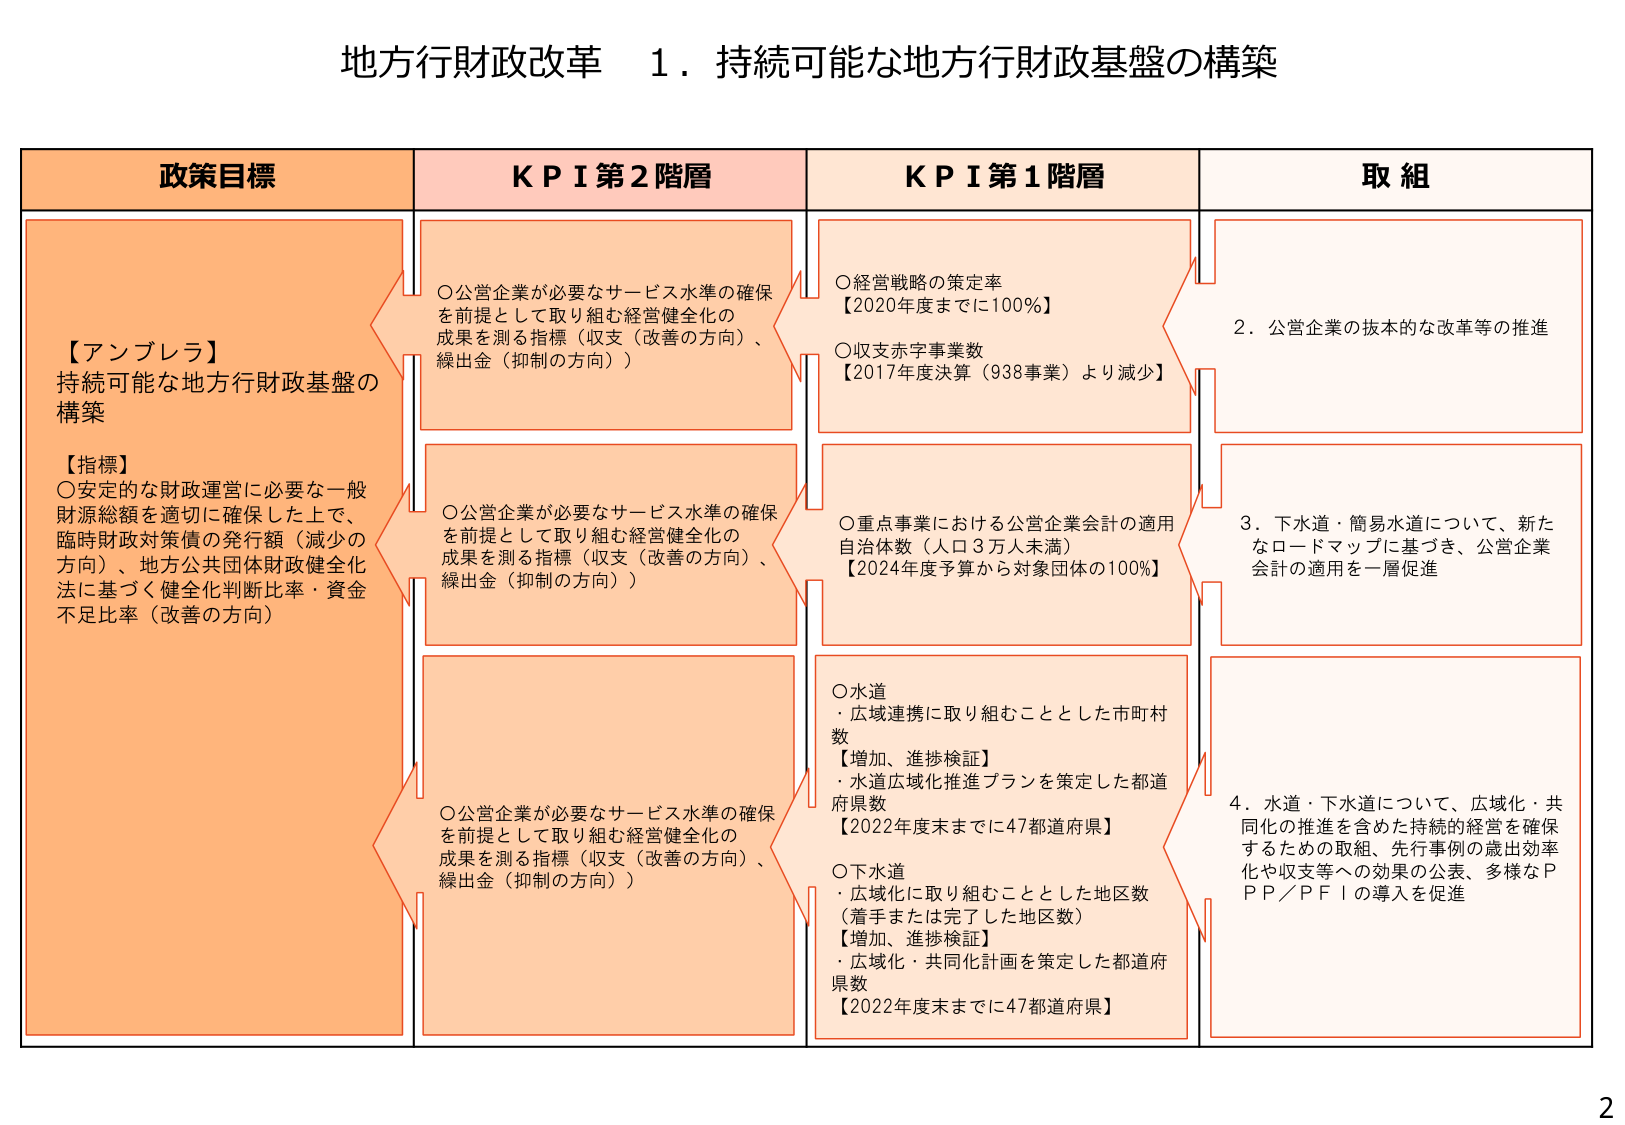
地方行財政改革　１．持続可能な地方行財政基盤の構築

政策目標
【アンブレラ】
持続可能な地方行財政基盤の構築
【指標】
〇安定的な財政運営に必要な一般財源総額を適切に確保した上で、
臨時財政対策債の発行額（減少の方向）、地方公共団体財政健全化法に基づく健全化判断比率・資金不足比率（改善の方向）

ＫＰＩ第２階層
〇公営企業が必要なサービス水準の確保を前提として取り組む経営健全化の成果を測る指標（収支（改善の方向）、繰出金（抑制の方向））
〇公営企業が必要なサービス水準の確保を前提として取り組む経営健全化の成果を測る指標（収支（改善の方向）、繰出金（抑制の方向））
〇公営企業が必要なサービス水準の確保を前提として取り組む経営健全化の成果を測る指標（収支（改善の方向）、繰出金（抑制の方向））

ＫＰＩ第１階層
〇経営戦略の策定率
【2020年度までに100％】
〇収支赤字事業数
【2017年度決算（938事業）より減少】
〇重点事業における公営企業会計の適用自治体数（人口3万人未満）
【2024年度予算から対象団体の100％】
〇水道
・広域連携に取り組むこととした市町村数
【増加、進捗検証】
・水道広域化推進プランを策定した都道府県数
【2022年度末までに47都道府県】
〇下水道
・広域化に取り組むこととした地区数（着手または完了した地区数）
【増加、進捗検証】
・広域化・共同化計画を策定した都道府県数
【2022年度末までに47都道府県】

取組
２．公営企業の抜本的な改革等の推進
３．下水道・簡易水道について、新たなロードマップに基づき、公営企業会計の適用を一層促進
４．水道・下水道について、広域化・共同化の推進を含めた持続的経営を確保するための取組、先行事例の歳出効率化や収支等への効果の公表、多様なＰＰ／ＰＦＩの導入を促進

2